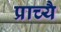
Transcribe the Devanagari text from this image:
प्राच्यै